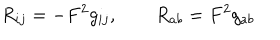
R _ { i j } = - F ^ { 2 } g _ { i j } , \qquad R _ { a b } = F ^ { 2 } g _ { a b }